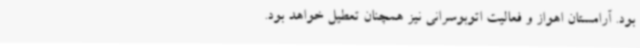
بود. آرامستان اهواز و فعالیت اتوبوسرانی نیز همچنان تعطیل خواهد بود.